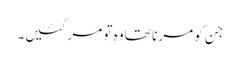
جن کو مرنا تھا وہ تو مر گئیں۔